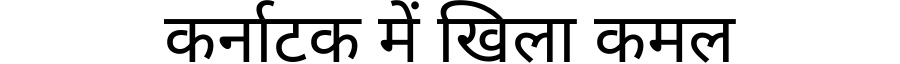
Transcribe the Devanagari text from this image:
कर्नाटक में खिला कमल